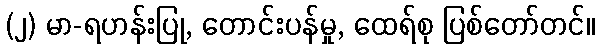
(၂) မာ-ရဟန်းပြု, တောင်းပန်မှု, ထေရ်စု ပြစ်တော်တင်။